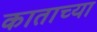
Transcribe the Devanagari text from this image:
काताच्या